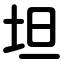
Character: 坦